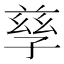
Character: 孳